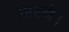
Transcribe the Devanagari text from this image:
भरने।